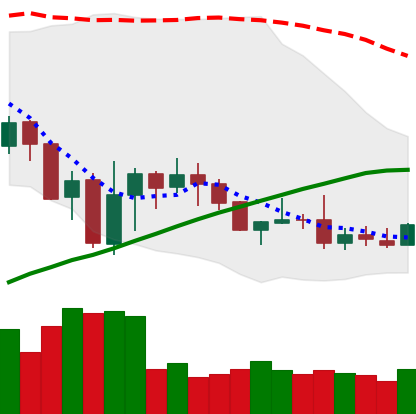
Ticker: DOGE-USD
Chart end date: 2019-07-31
Forward return: 6.485%
Label: up_5_7